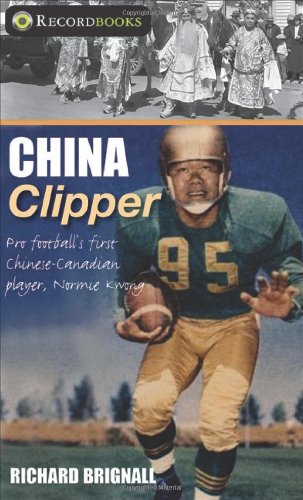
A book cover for China Clipper: Pro football's first Chinese-Canadian player, Normie Kwong (Lorimer Recordbooks); Richard Brignall; Teen & Young Adult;